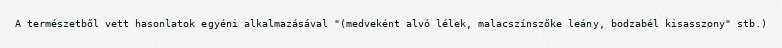
A természetből vett hasonlatok egyéni alkalmazásával "(medveként alvó lélek, malacszínszőke leány, bodzabél kisasszony" stb.)